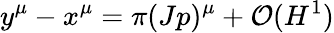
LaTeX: y^{\mu}-x^{\mu}=\pi(Jp)^{\mu}+{\cal O}(H^{1})